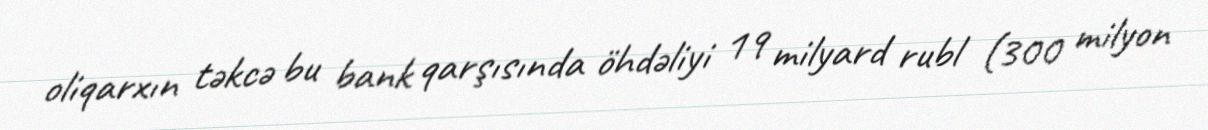
oliqarxın təkcə bu bank qarşısında öhdəliyi 19 milyard rubl (300 milyon